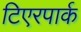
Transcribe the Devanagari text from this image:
टिएरपार्क